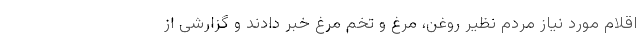
اقلام مورد نیاز مردم نظیر روغن، مرغ و تخم مرغ خبر دادند و گزارشی از